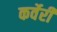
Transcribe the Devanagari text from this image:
कर्वेरी